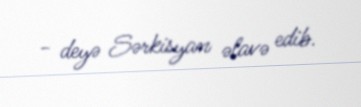
- deyə Sərkisyan əlavə edib.